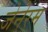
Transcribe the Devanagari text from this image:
जेनेरम